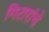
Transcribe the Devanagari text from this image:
गिटारांचे